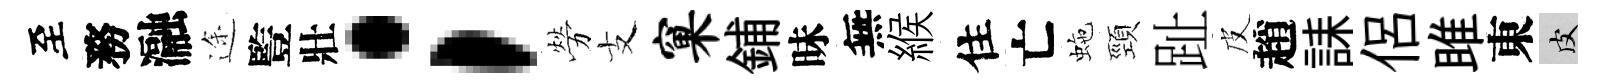
至務瀜途䜿壯；勞支窠鋪昧無緱住亡虵頸趾皮趙誄侶雎東皮